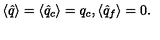
\langle \hat { q } \rangle = \langle \hat { q } _ { c } \rangle = q _ { c } , { } \langle \hat { q } _ { f } \rangle = 0 .